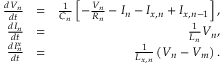
\begin{array} { r l r } { \frac { d V _ { n } } { d t } } & { = } & { \frac { 1 } { C _ { n } } \left[ - \frac { V _ { n } } { R _ { n } } - I _ { n } - I _ { x , n } + I _ { x , n - 1 } \right] , } \\ { \frac { d I _ { n } } { d t } } & { = } & { \frac { 1 } { L _ { n } } V _ { n } , } \\ { \frac { d I _ { n } ^ { x } } { d t } } & { = } & { \frac { 1 } { L _ { x , n } } \left( V _ { n } - V _ { m } \right) . } \end{array}